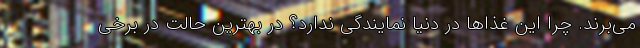
می‌برند. چرا این غذاها در دنیا نمایندگی ندارد؟ در بهترین حالت در برخی